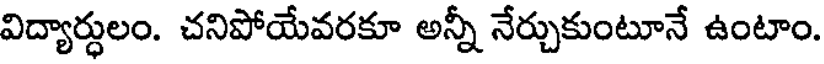
విద్యార్ధులం. చనిపోయేవరకూ అన్నీ నేర్చుకుంటూనే ఉంటాం.